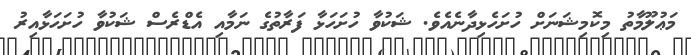
މަޢުލޫމާތު މިކޮމިޝަނަށް ހުށަހެޅިދާނެއެވެ. ޝަކުވާ ހުށަހަޅާ ފަރާތުގެ ނަމާއި އެޑްރެސް ޝަކުވާ ހުށަހަޅާއިރު